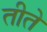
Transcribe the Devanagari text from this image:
तीते